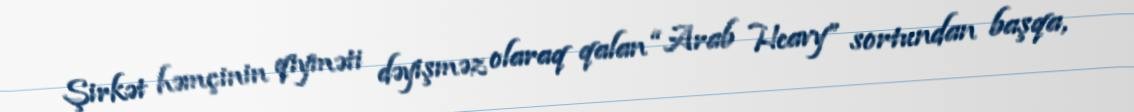
Şirkət həmçinin qiyməti dəyişməz olaraq qalan “Arab Heavy” sortundan başqa,